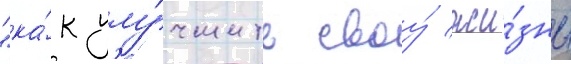
"ка́к улу́чшить своу́ жи́знь